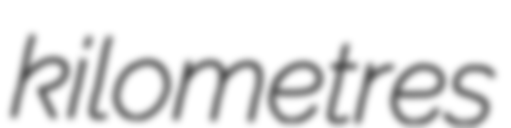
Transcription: kilometres